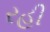
રહી